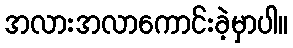
အလားအလာကောင်းခဲ့မှာပါ။